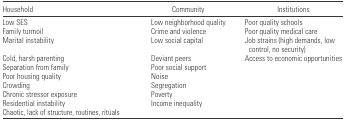
| Household | Community | Institutions |
 | --- | --- | --- |
 | Low SES | Low neighborhood quality | Poor quality schools |
 | Family turmoil | Crime and violence | Poor quality medical care |
 | Marital instability | Low social capital | Job strains (high demands, low control, no security) |
 | Cold, harsh parenting | Deviant peers | Access to economic opportunities |
 | Separation from family | Poor social support |  |
 | Poor housing quality | Noise |  |
 | Crowding | Segregation |  |
 | Chronic stressor exposure | Poverty |  |
 | Residential instability | Income inequality |  |
 | Chaotic, lack of structure, routines, rituals |  |  |